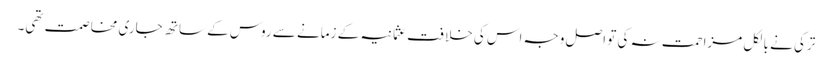
ترکی نے بالکل مزاحمت نہ کی تو اصل وجہ اس کی خلافتِ عثمانیہ کے زمانے سے روس کے ساتھ جاری مخاصمت تھی۔